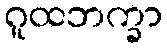
ဂူထဘက္ခာ